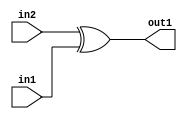
`timescale 1ps / 1ps
/*****************************************************************************
    Verilog RTL Description
    
    
    Created by: Stratus DpOpt 2019.1.01 
*******************************************************************************/

module DC_Filter_Xor_1Ux1U_1U_1 (
	in2,
	in1,
	out1
	); /* architecture "behavioural" */ 
input  in2,
	in1;
output  out1;
wire  asc001;

assign asc001 = 
	(in2)
	^(in1);

assign out1 = asc001;
endmodule

/* CADENCE  urX2TQA= : u9/ySgnWtBlWxVPRXgAZ4Og= ** DO NOT EDIT THIS LINE ******/